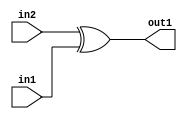
`timescale 1ps / 1ps
/*****************************************************************************
    Verilog RTL Description
    
    
    Created by: Stratus DpOpt 2019.1.01 
*******************************************************************************/

module DC_Filter_Xor_1Ux1U_1U_1 (
	in2,
	in1,
	out1
	); /* architecture "behavioural" */ 
input  in2,
	in1;
output  out1;
wire  asc001;

assign asc001 = 
	(in2)
	^(in1);

assign out1 = asc001;
endmodule

/* CADENCE  urX2TQA= : u9/ySgnWtBlWxVPRXgAZ4Og= ** DO NOT EDIT THIS LINE ******/